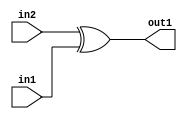
`timescale 1ps / 1ps
/*****************************************************************************
    Verilog RTL Description
    
    
    Created by: Stratus DpOpt 2019.1.01 
*******************************************************************************/

module DC_Filter_Xor_1Ux1U_1U_1 (
	in2,
	in1,
	out1
	); /* architecture "behavioural" */ 
input  in2,
	in1;
output  out1;
wire  asc001;

assign asc001 = 
	(in2)
	^(in1);

assign out1 = asc001;
endmodule

/* CADENCE  urX2TQA= : u9/ySgnWtBlWxVPRXgAZ4Og= ** DO NOT EDIT THIS LINE ******/